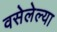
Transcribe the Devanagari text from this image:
वसेलेल्या